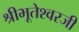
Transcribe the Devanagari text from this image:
श्रीभूतेश्वरजी